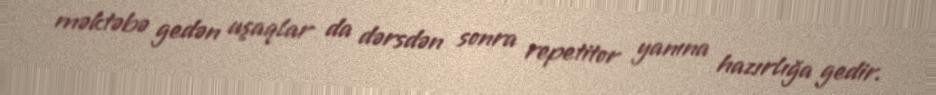
məktəbə gedən uşaqlar da dərsdən sonra repetitor yanına hazırlığa gedir.